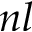
n l